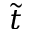
\tilde { t }